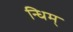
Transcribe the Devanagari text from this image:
न्धिम्